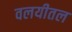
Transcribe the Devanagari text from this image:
वलयीतल